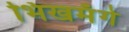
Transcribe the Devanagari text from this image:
भिखमँगे